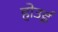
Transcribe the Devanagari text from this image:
होउई